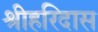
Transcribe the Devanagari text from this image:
श्रीहरिदास